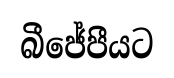
බීජේපීයට